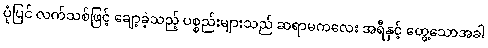
ပုံပြင် လက်သစ်ဖြင့် ချော့ခဲ့သည့် ပစ္စည်းများသည် ဆရာမကလေး အရီနှင့် တွေ့သောအခါ